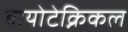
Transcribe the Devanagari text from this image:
बायोटेक्निकल